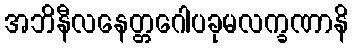
အဘိနီလနေတ္တဂေါပခုမလက္ခဏာနိ